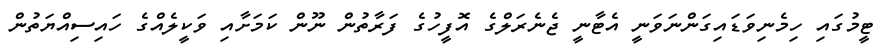
ޓީމުގައި ހިމެނިވަޑައިގަންނަވަނީ އެޓާނީ ޖެނެރަލްގެ އޮފީހުގެ ފަރާތުން ނޫން ކަމަށާއި ވަކީލެއްގެ ހައިސިއްޔަތުން